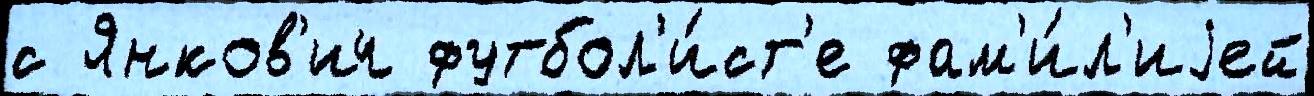
с Янков'ич футбол'и́ст'е фам'и́л'иjей